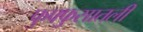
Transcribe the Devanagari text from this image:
फुफ्फुसातली